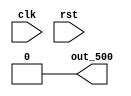
module clk_div_500(clk,rst,out_500);
input clk;
input rst;
output out_500=0;
reg [17:0]Q2;
reg out_500;
always @(posedge clk or posedge rst)
if(rst==1)begin Q2<=18'b0; out_500<=0; end
else if (Q2==18'd200000)begin Q2<=18'b0; out_500<=1; end
else begin  Q2<=Q2+1; out_500<=0;end
endmodule